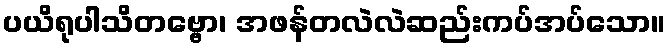
ပယိရုပါသိတဗ္ဗော၊ အဖန်တလဲလဲဆည်းကပ်အပ်သော။